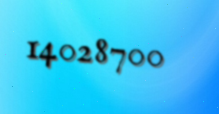
14028700